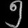
Digit: ၅